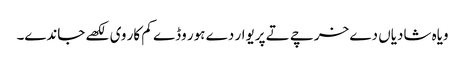
ویاہ شادیاں دے خرچے تے پریوار دے ہور وڈے کم کار وی لکھے جاندے۔